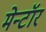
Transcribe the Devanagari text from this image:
मेन्टॉर